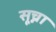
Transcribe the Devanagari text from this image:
सूच्ना